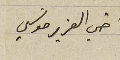
اخي العزيز موسَي